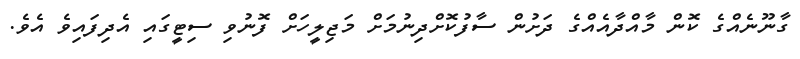
ގާނޫނެއްގެ ކޮން މާއްދާއެއްގެ ދަށުން ސާފުކޮށްދިނުމަށް މަޖިލީހަށް ފޮނުވި ސިޓީގައި އެދިފައިވެ އެވެ.